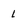
Character: L